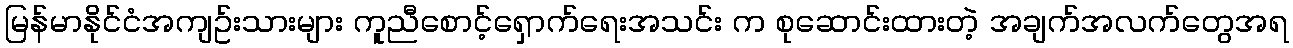
မြန်မာနိုင်ငံအကျဥ်းသားများ ကူညီစောင့်ရှောက်ရေးအသင်း က စုဆောင်းထားတဲ့ အချက်အလက်တွေအရ